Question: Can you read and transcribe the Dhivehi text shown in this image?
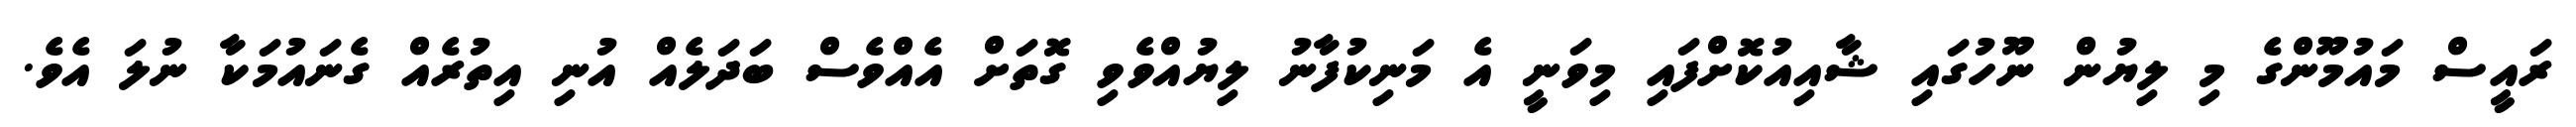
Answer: ރައީސް މައުމޫންގެ މި ލިޔުން ނޫހުގައި ޝާއިއުކޮށްފައި މިވަނީ އެ މަނިކުފާނު ލިޔުއްވެވި ގޮތަށް އެއްވެސް ބަދަލެއް އުނި އިތުރެއް ގެނައުމަކާ ނުލަ އެވެ.